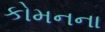
કોમનના